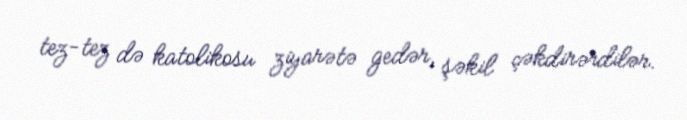
tez-tez də katolikosu ziyarətə gedər, şəkil çəkdirərdilər.